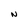
Character: N